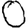
Digit: 0